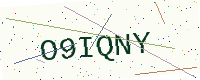
Text: O9IQNY